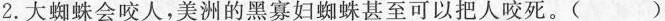
2.大蜘蛛会咬人，美洲的黑寡妇蜘蛛甚至可以把人咬死。()